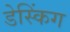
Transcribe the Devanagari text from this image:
डेस्किंग